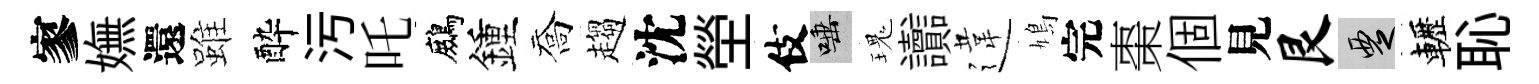
寥嫵還雖酔污吒鷓鍾喬趨沈塋伎唾瑰讟違鳩完棗個見艮覂轣恥